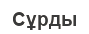
Сұрды